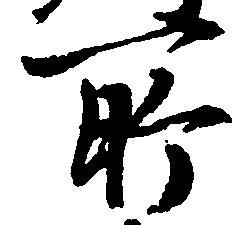
所